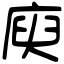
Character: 庾